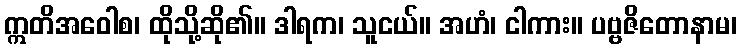
ဣတိအဝေါစ၊ ထိုသို့ဆို၏။ ဒါရက၊ သူငယ်။ အဟံ၊ ငါကား။ ပဗ္ဗဇိတောနာမ၊